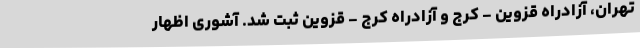
تهران، آزادراه قزوین - کرج و آزادراه کرج - قزوین ثبت شد. آشوری اظهار